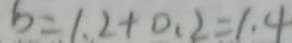
b = 1 . 2 + 0 . 2 = 1 . 4